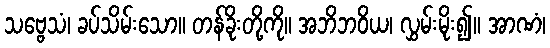
သဗ္ဗေသံ၊ ခပ်သိမ်းသော။ တန်ခိုးတို့ကို။ အဘိဘဝိယ၊ လွှမ်းမိုး၍။ အာဏံ၊